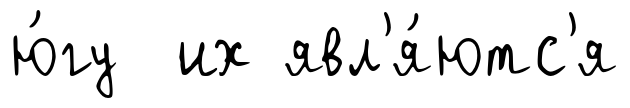
ю́гу их явл'я́ютс'я